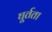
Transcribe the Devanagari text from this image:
घूर्तता